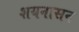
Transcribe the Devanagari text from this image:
शयनासन